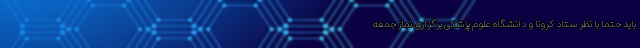
باید حتماً با نظر ستاد کرونا و دانشگاه علوم پزشکی برگزاری نماز جمعه